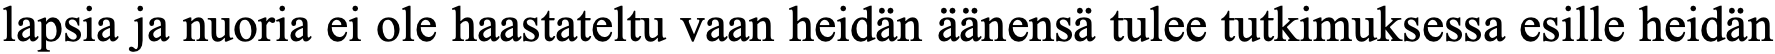
lapsia ja nuoria ei ole haastateltu vaan heidän äänensä tulee tutkimuksessa esille heidän